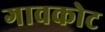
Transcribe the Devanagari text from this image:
गावकोट